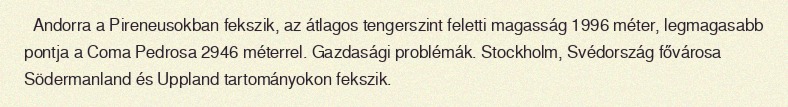
Andorra a Pireneusokban fekszik, az átlagos tengerszint feletti magasság 1996 méter, legmagasabb pontja a Coma Pedrosa 2946 méterrel. Gazdasági problémák. Stockholm, Svédország fővárosa Södermanland és Uppland tartományokon fekszik.